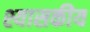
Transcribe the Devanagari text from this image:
श्यासकीय